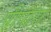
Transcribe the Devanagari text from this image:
पीपारा